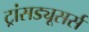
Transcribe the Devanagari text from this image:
ट्रांसड्यूसर्स